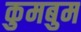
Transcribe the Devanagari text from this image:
कुमबुम